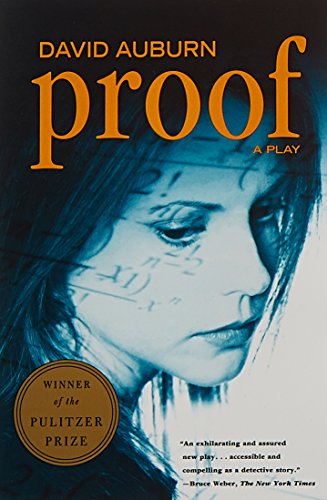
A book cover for Proof: A Play; David Auburn; Literature & Fiction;